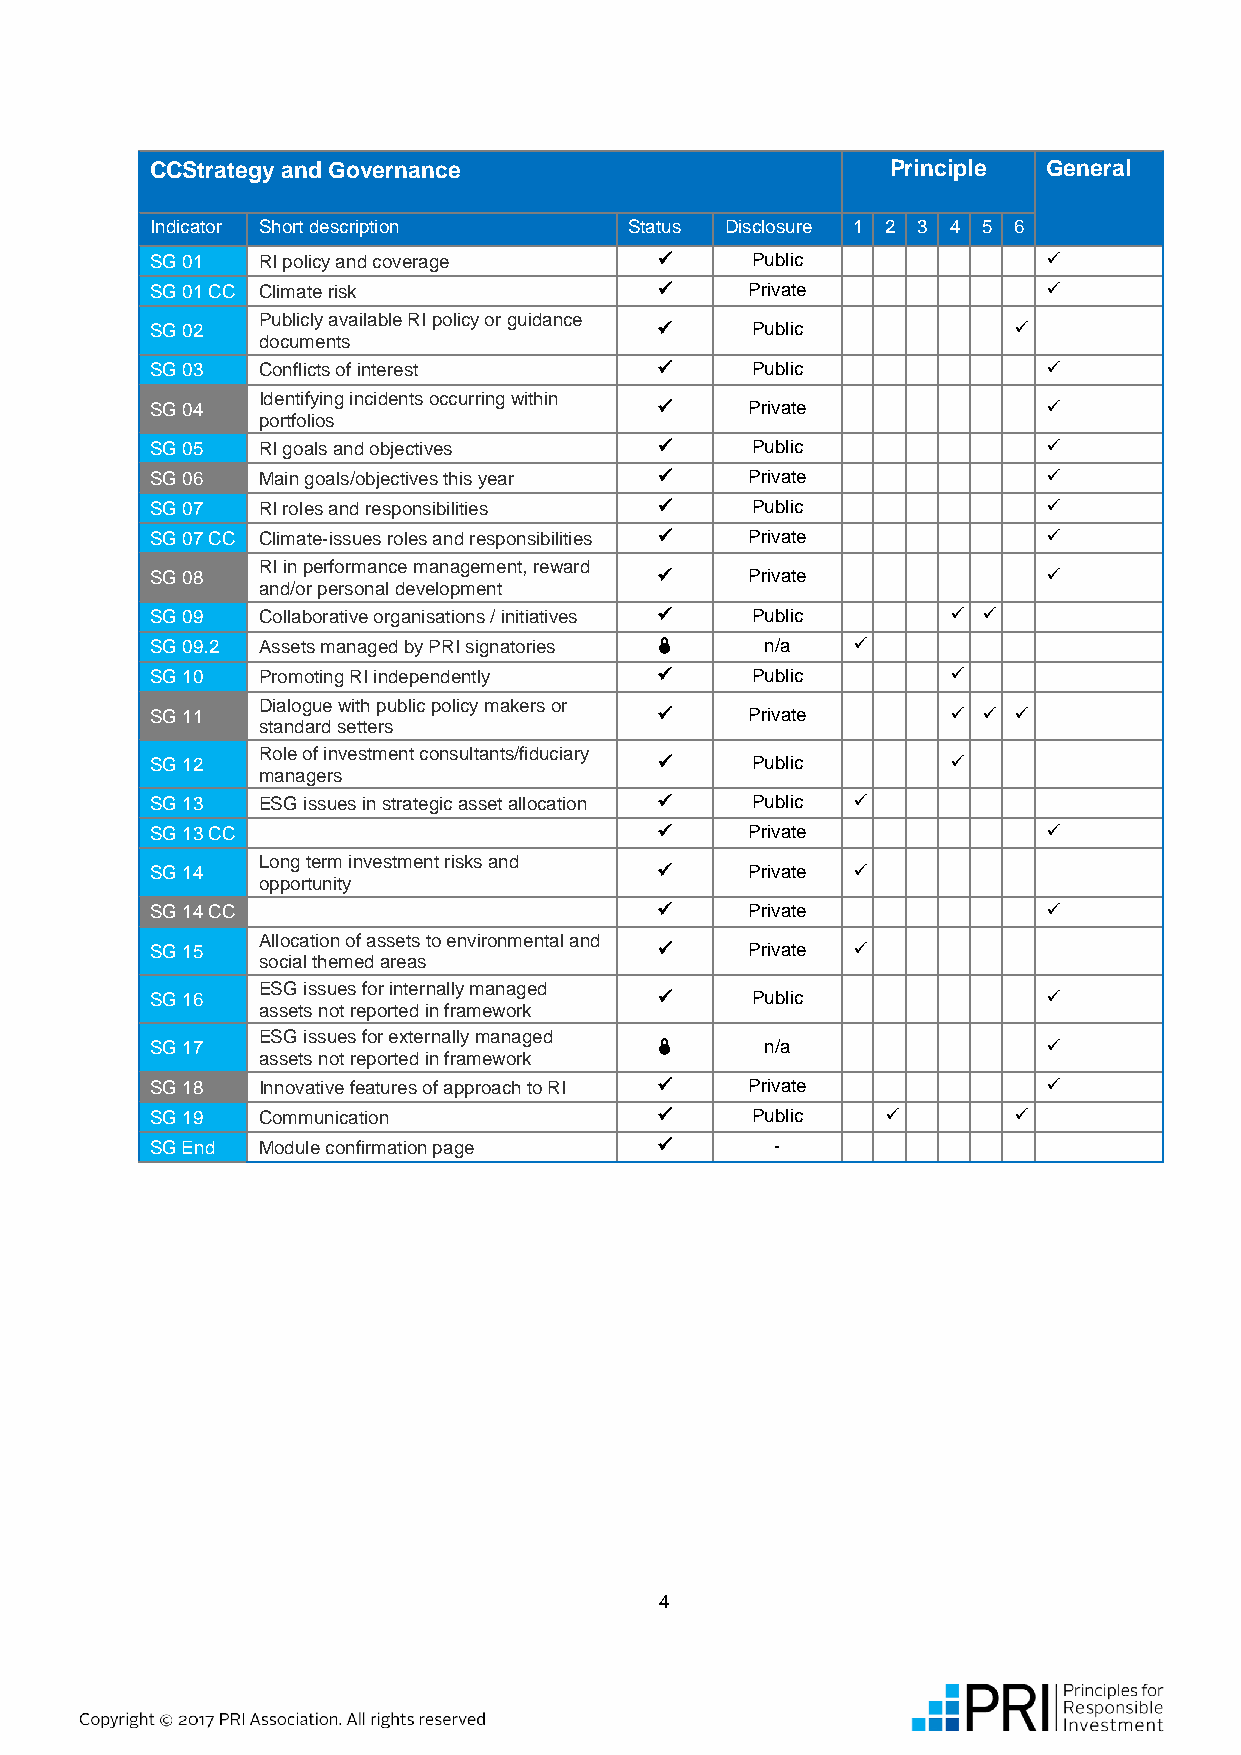
CCStrategy and Governance                        Principle General
 Indicator Short description     Status Disclosure 1 2 3 4 5 6
 SG 01  RI policy and coverage          Public             
 SG 01 CC Climate risk                  Private            
 Publicly available RI policy or guidance
 SG 02                                  Public           
 documents
 SG 03  Conflicts of interest           Public             
 Identifying incidents occurring within
 SG 04                                  Private            
 portfolios
 SG 05  RI goals and objectives         Public             
 SG 06  Main goals/objectives this year  Private           
 SG 07  RI roles and responsibilities   Public             
 SG 07 CC Climate-issues roles and responsibilities  Private 
 RI in performance management, reward
 SG 08                                  Private            
 and/or personal development
 SG 09  Collaborative organisations / initiatives  Public  
 SG 09.2 Assets managed by PRI signatories  n/a 
 SG 10  Promoting RI independently      Public       
 Dialogue with public policy makers or
 SG 11                                  Private        
 standard setters
 Role of investment consultants/fiduciary
 SG 12                                  Public       
 managers
 SG 13  ESG issues in strategic asset allocation  Public 
 SG 13 CC                               Private            
 Long term investment risks and
 SG 14                                  Private 
 opportunity
 SG 14 CC                               Private            
 Allocation of assets to environmental and
 SG 15                                  Private 
 social themed areas
 ESG issues for internally managed
 SG 16                                  Public             
 assets not reported in framework
 ESG issues for externally managed
 SG 17                                   n/a               
 assets not reported in framework
 SG 18  Innovative features of approach to RI  Private     
 SG 19  Communication                   Public          
 SG End Module confirmation page         -
 4